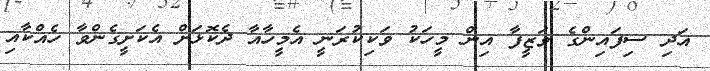
އަދި ސިފައިންގެ ވަޒީފާ އިން މީހަކު ވަކިކުރަނީ އެމީހާއާ ދެކޮޅަށް އެކަށީގެންވާ ހެއްކާއި